Indian journal of veterinary science and animal husbandry - Volume 13,
Year: 1943
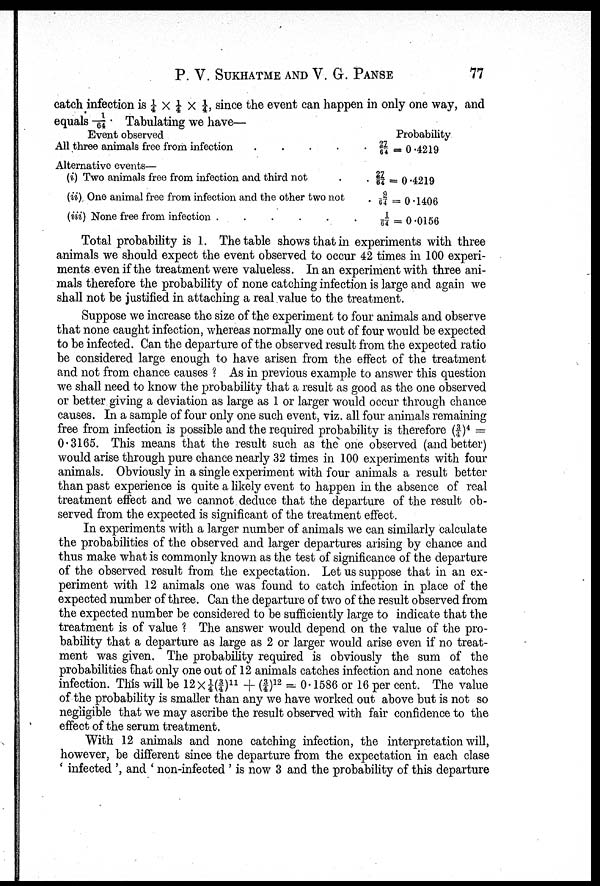
P. V. SUKHATME AND V. G.
PANSE
77
catch infection is ¼ × ¼ × ¼, since the event can happen in only one way, and
equals 1/64 . Tabulating we have—
Event observed
All three animals free from infection
....
Alternative events—
(i) Two animals free from infection and third not
(ii) One animal free from infection and the other two not
(iii) None free from infection
......
Probability
27/64 = 0.4219
. 27/64 = 0.4219
. 9/64 =0.1406
1/64 =0.0156
Total probability is 1. The table shows that in experiments with three
animals we should expect the event observed to occur 42 times in 100 experi-
ments even if the treatment were valueless. In an experiment with three ani-
mals therefore the probability of none catching infection is large and again we
shall not be justified in attaching a real value to the treatment.
Suppose we increase the size of the experiment to four animals and observe
that none caught infection, whereas normally one out of four would be expected
to be infected. Can the departure of the observed result from the expected ratio
be considered large enough to have arisen from the effect of the treatment
and not from chance causes ? As in previous example to answer this question
we shall need to know the probability that a result as good as the one observed
or better giving a deviation as large as 1 or larger would occur through chance
causes. In a sample of four only one such event, viz. all four animals remaining
free from infection is possible and the required probability is therefore (¾ ) 4 =
0.3165. This means that the result such as the one observed (and better)
would arise through pure chance nearly 32 times in 100 experiments with four
animals. Obviously in a single experiment with four animals a result better
than past experience is quite a likely event to happen in the absence of real
treatment effect and we cannot deduce that the departure of the result ob-
served from the expected is significant of the treatment effect.
In experiments with a larger number of animals we can similarly calculate
the probabilities of the observed and larger departures arising by chance and
thus make what is commonly known as the test of significance of the departure
of the observed result from the expectation. Let us suppose that in an ex-
periment with 12 animals one was found to catch infection in place of the
expected number of three. Can the departure of two of the result observed from
the expected number be considered to be sufficiently large to indicate that the
treatment is of value ? The answer would depend on the value of the pro-
bability that a departure as large as 2 or larger would arise even if no treat-
ment was given. The probability required is obviously the sum of the
probabilities that only one out of 12 animals catches infection and none catches
infection. This will be 12 × ¼(¾) 11 + (¾) 12 = 0.1586 or 16 per cent. The value
of the probability is smaller than any we have worked out above but is not so
negligible that we may ascribe the result observed with fair confidence to the
effect of the serum treatment.
With 12 animals and none catching infection, the interpretation will,
however, be different since the departure from the expectation in each clase
' infected ', and ' non-infected ' is now 3 and the probability of this departure